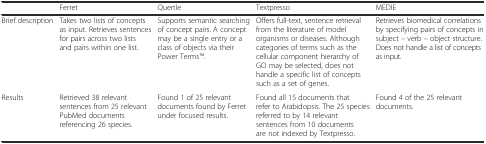
|  | Ferret | Quertle | Textpresso | MEDIE |
 | --- | --- | --- | --- | --- |
 | Brief description | Takes two lists of concepts as input. Retrieves sentences for pairs across two lists and pairs within one list. | Supports semantic searching of concept pairs. A concept may be a single entry or a class of objects via their Power TermsTM. | Offers full-text, sentence retrieval from the literature of model organisms or diseases. Although categories of terms such as the cellular component hierarchy of GO may be selected, does not handle a specific list of concepts such as a set of genes. | Retrieves biomedical correlations by specifying pairs of concepts in subject – verb – object structure. Does not handle a list of concepts as input. |
 | Results | Retrieved 38 relevant sentences from 25 relevant PubMed documents referencing 26 species. | Found 1 of 25 relevant documents found by Ferret under focused results. | Found all 15 documents that refer to Arabidopsis. The 25 species referred to by 14 relevant sentences from 10 documents are not indexed by Textpresso. | Found 4 of the 25 relevant documents. |